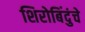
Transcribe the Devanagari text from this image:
शिरोबिंदुंचे